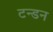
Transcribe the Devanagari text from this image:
टन्डन